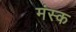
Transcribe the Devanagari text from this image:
मंस्क